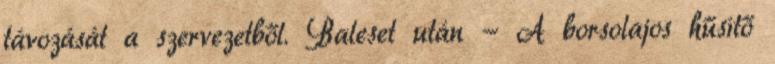
távozását a szervezetből. Baleset után - A borsolajos hűsítő